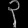
Digit: ၃